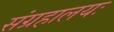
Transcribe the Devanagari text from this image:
संग्रहालयः